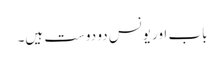
باب اور یونس دو دوست ہیں۔